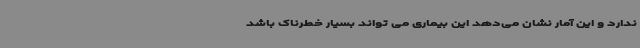
ندارد و این آمار نشان می‌دهد این بیماری می تواند بسیار خطرناک باشد